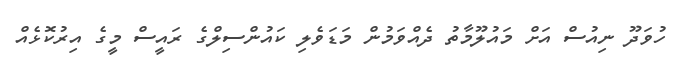
ހުވަދޫ ނިއުސް އަށް މައުލޫމާތު ދެއްވަމުން މަޑަވެލި ކައުންސިލްގެ ރައީސް މީގެ އިރުކޮޅެއް